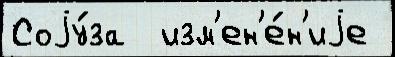
Соjу́за  изм'ен'е́н'иjе